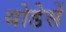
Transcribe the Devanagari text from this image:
थोडेसें